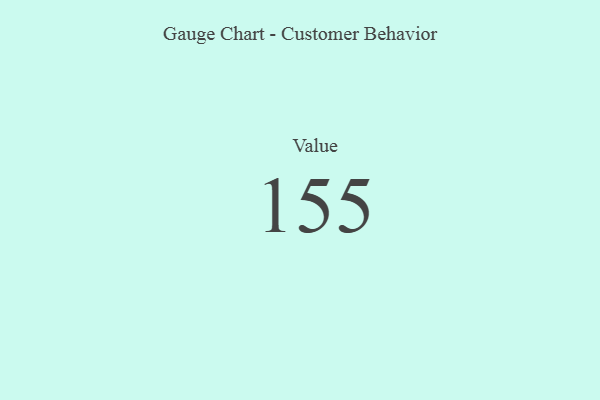
{"axis": {"x": "Metric", "y": "Value"}, "legend": [""], "data": [{"x": "Value", "y": 155, "type": ""}]}